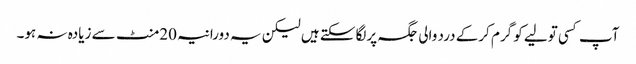
آپ کسی تولیے کو گرم کرکے درد والی جگہ پرلگاسکتے ہیں لیکن یہ دورانیہ 20منٹ سے زیادہ نہ ہو۔